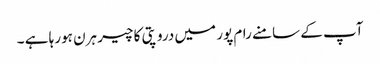
آپ کے سامنے رام پور میں دروپتی کا چیر ہرن ہورہا ہے ۔